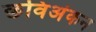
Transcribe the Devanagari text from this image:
छविअंकन